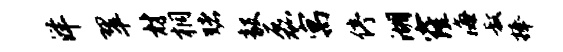
洋翠材桐赌毅磊寓停湖窿海叔捧